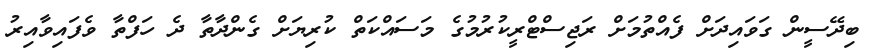
ބިދޭސީން ގަވައިދަށް ފެއްތުމަށް ރަޖިސްޓްރީކުރުމުގެ މަސައްކަތް ކުރިޔަށް ގެންދާތާ ދެ ހަފްތާ ވެފައިވާއިރު